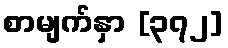
စာမျက်နှာ [၃၇၂]